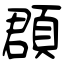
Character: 頵